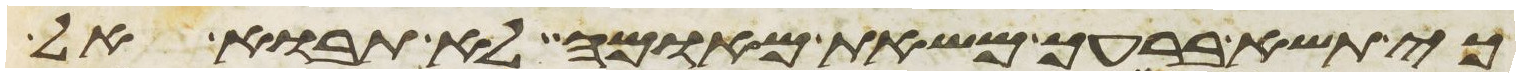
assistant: כי תשא ברעך משאת מאומה לא תבוא אל